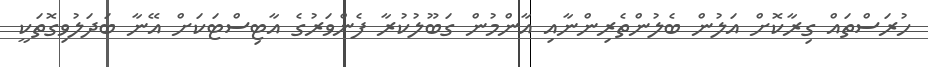
ހުރަސްތައް ގިރާކޮށް އަލުން ބެލުންތެރިންނާއި އާންމުން ގަބޫލުކުރާ ފެންވަރުގެ އާޓިސްޓަކަށް އޭނާ ބަދަލުވިގޮތަކީ